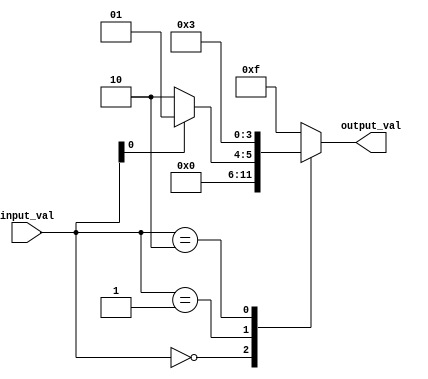
module case_statement_with_if_else(
    input [1:0] input_val,
    output reg [3:0] output_val
);

always @(*)
begin
    case(input_val)
        2'b00: 
        begin
            output_val <= 4'b0000;
        end
        
        2'b01: 
        begin
            if(input_val[0] == 1)
                output_val <= 4'b0001;
            else
                output_val <= 4'b0010;
        end
        
        2'b10: 
        begin
            output_val <= 4'b0011;
        end
        
        default: 
        begin
            output_val <= 4'b1111;
        end
    endcase
end

endmodule